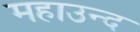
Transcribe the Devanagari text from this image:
महाउन्द